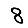
Digit: 8